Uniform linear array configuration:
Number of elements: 48
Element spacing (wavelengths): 0.5
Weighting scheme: hann
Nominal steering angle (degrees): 45
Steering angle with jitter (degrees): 43.5
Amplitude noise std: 0.05
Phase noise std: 0.05

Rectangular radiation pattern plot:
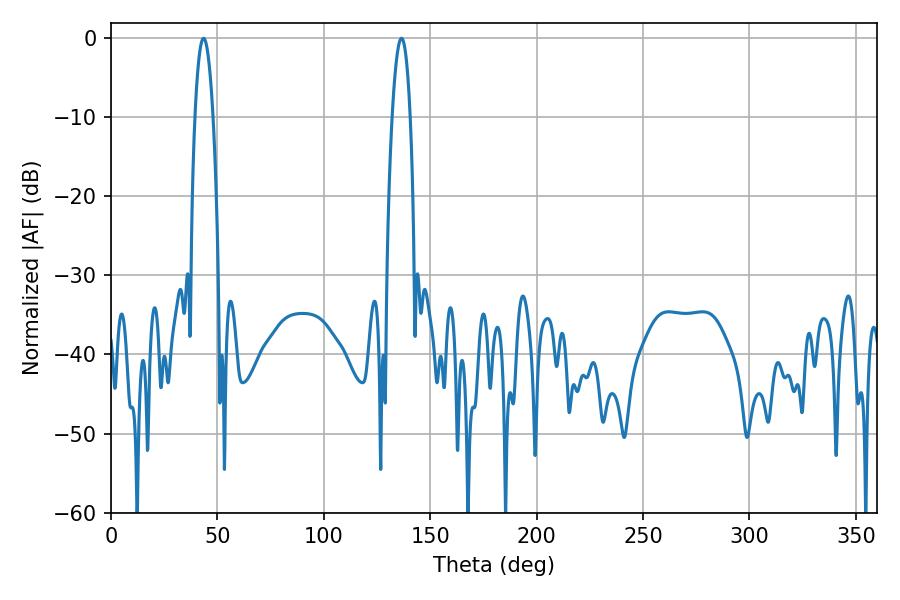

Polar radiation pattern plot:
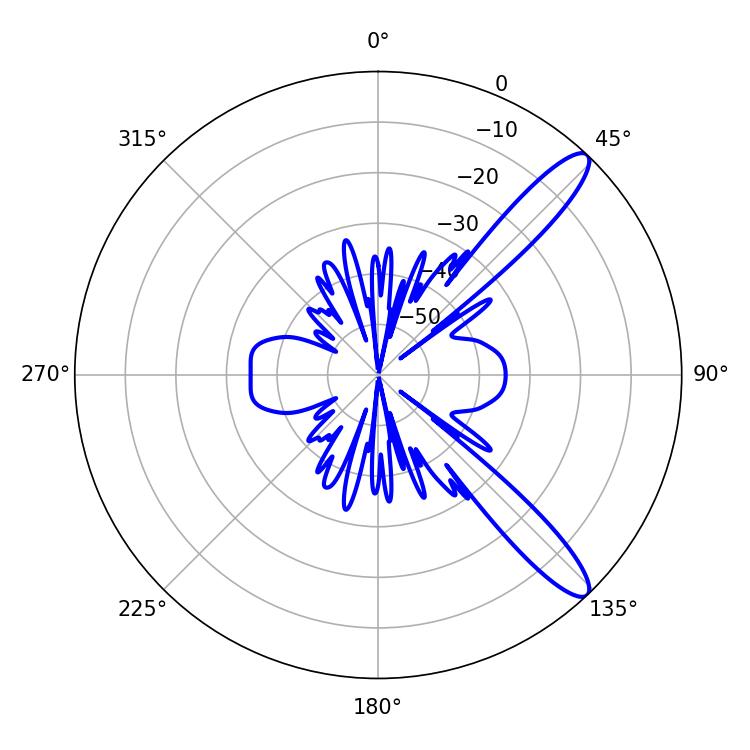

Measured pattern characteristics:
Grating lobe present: FALSE
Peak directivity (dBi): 12.142
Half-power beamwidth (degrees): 4.68
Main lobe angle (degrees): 43.56